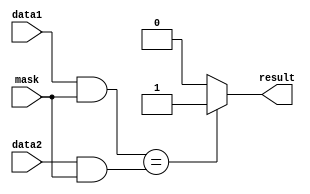
module masked_comparator (
    input [7:0] data1,
    input [7:0] data2,
    input [7:0] mask,
    output reg result
);

always @ (*) begin
    if ((data1 & mask) == (data2 & mask)) begin
        result = 1;
    end else begin
        result = 0;
    end
end

endmodule